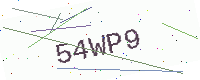
Text: 54WP9